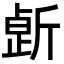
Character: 𣂸